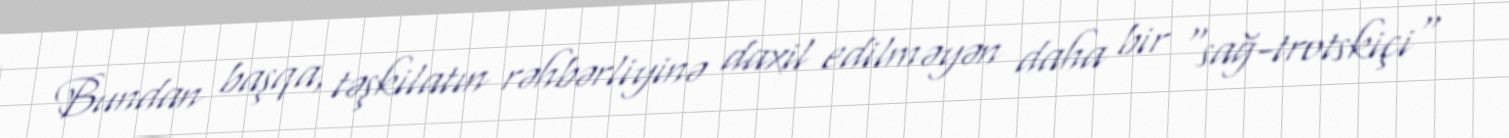
Bundan başqa, təşkilatın rəhbərliyinə daxil edilməyən daha bir "sağ-trotskiçi"